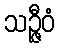
သဉ္ဇီဝံ